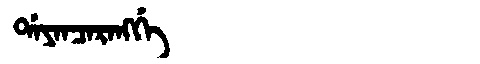
Manchu: ᡩᠠᠶᠠᠨᠴᠠᡵᠠᠩᡤᡝ
Romanization: DAYANCARANGGE